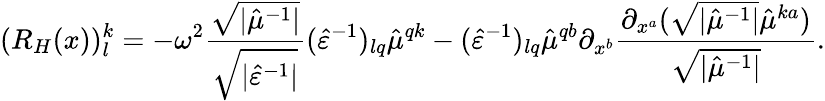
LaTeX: (R_{H}(x))_{l}^{k}=-\omega^{2}\frac{\sqrt{\lvert\hat{\mu}^{-1}\rvert}}{\sqrt{\lvert\hat{\varepsilon}^{-1}\rvert}}(\hat{\varepsilon}^{-1})_{lq}\hat{\mu}^{qk}-(\hat{\varepsilon}^{-1})_{lq}\hat{\mu}^{qb}\partial_{x^{b}}\frac{\partial_{x^{a}}(\sqrt{\lvert\hat{\mu}^{-1}\rvert}\hat{\mu}^{ka})}{\sqrt{\lvert\hat{\mu}^{-1}\rvert}}.